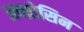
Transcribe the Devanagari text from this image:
अम्ब्रोसिन